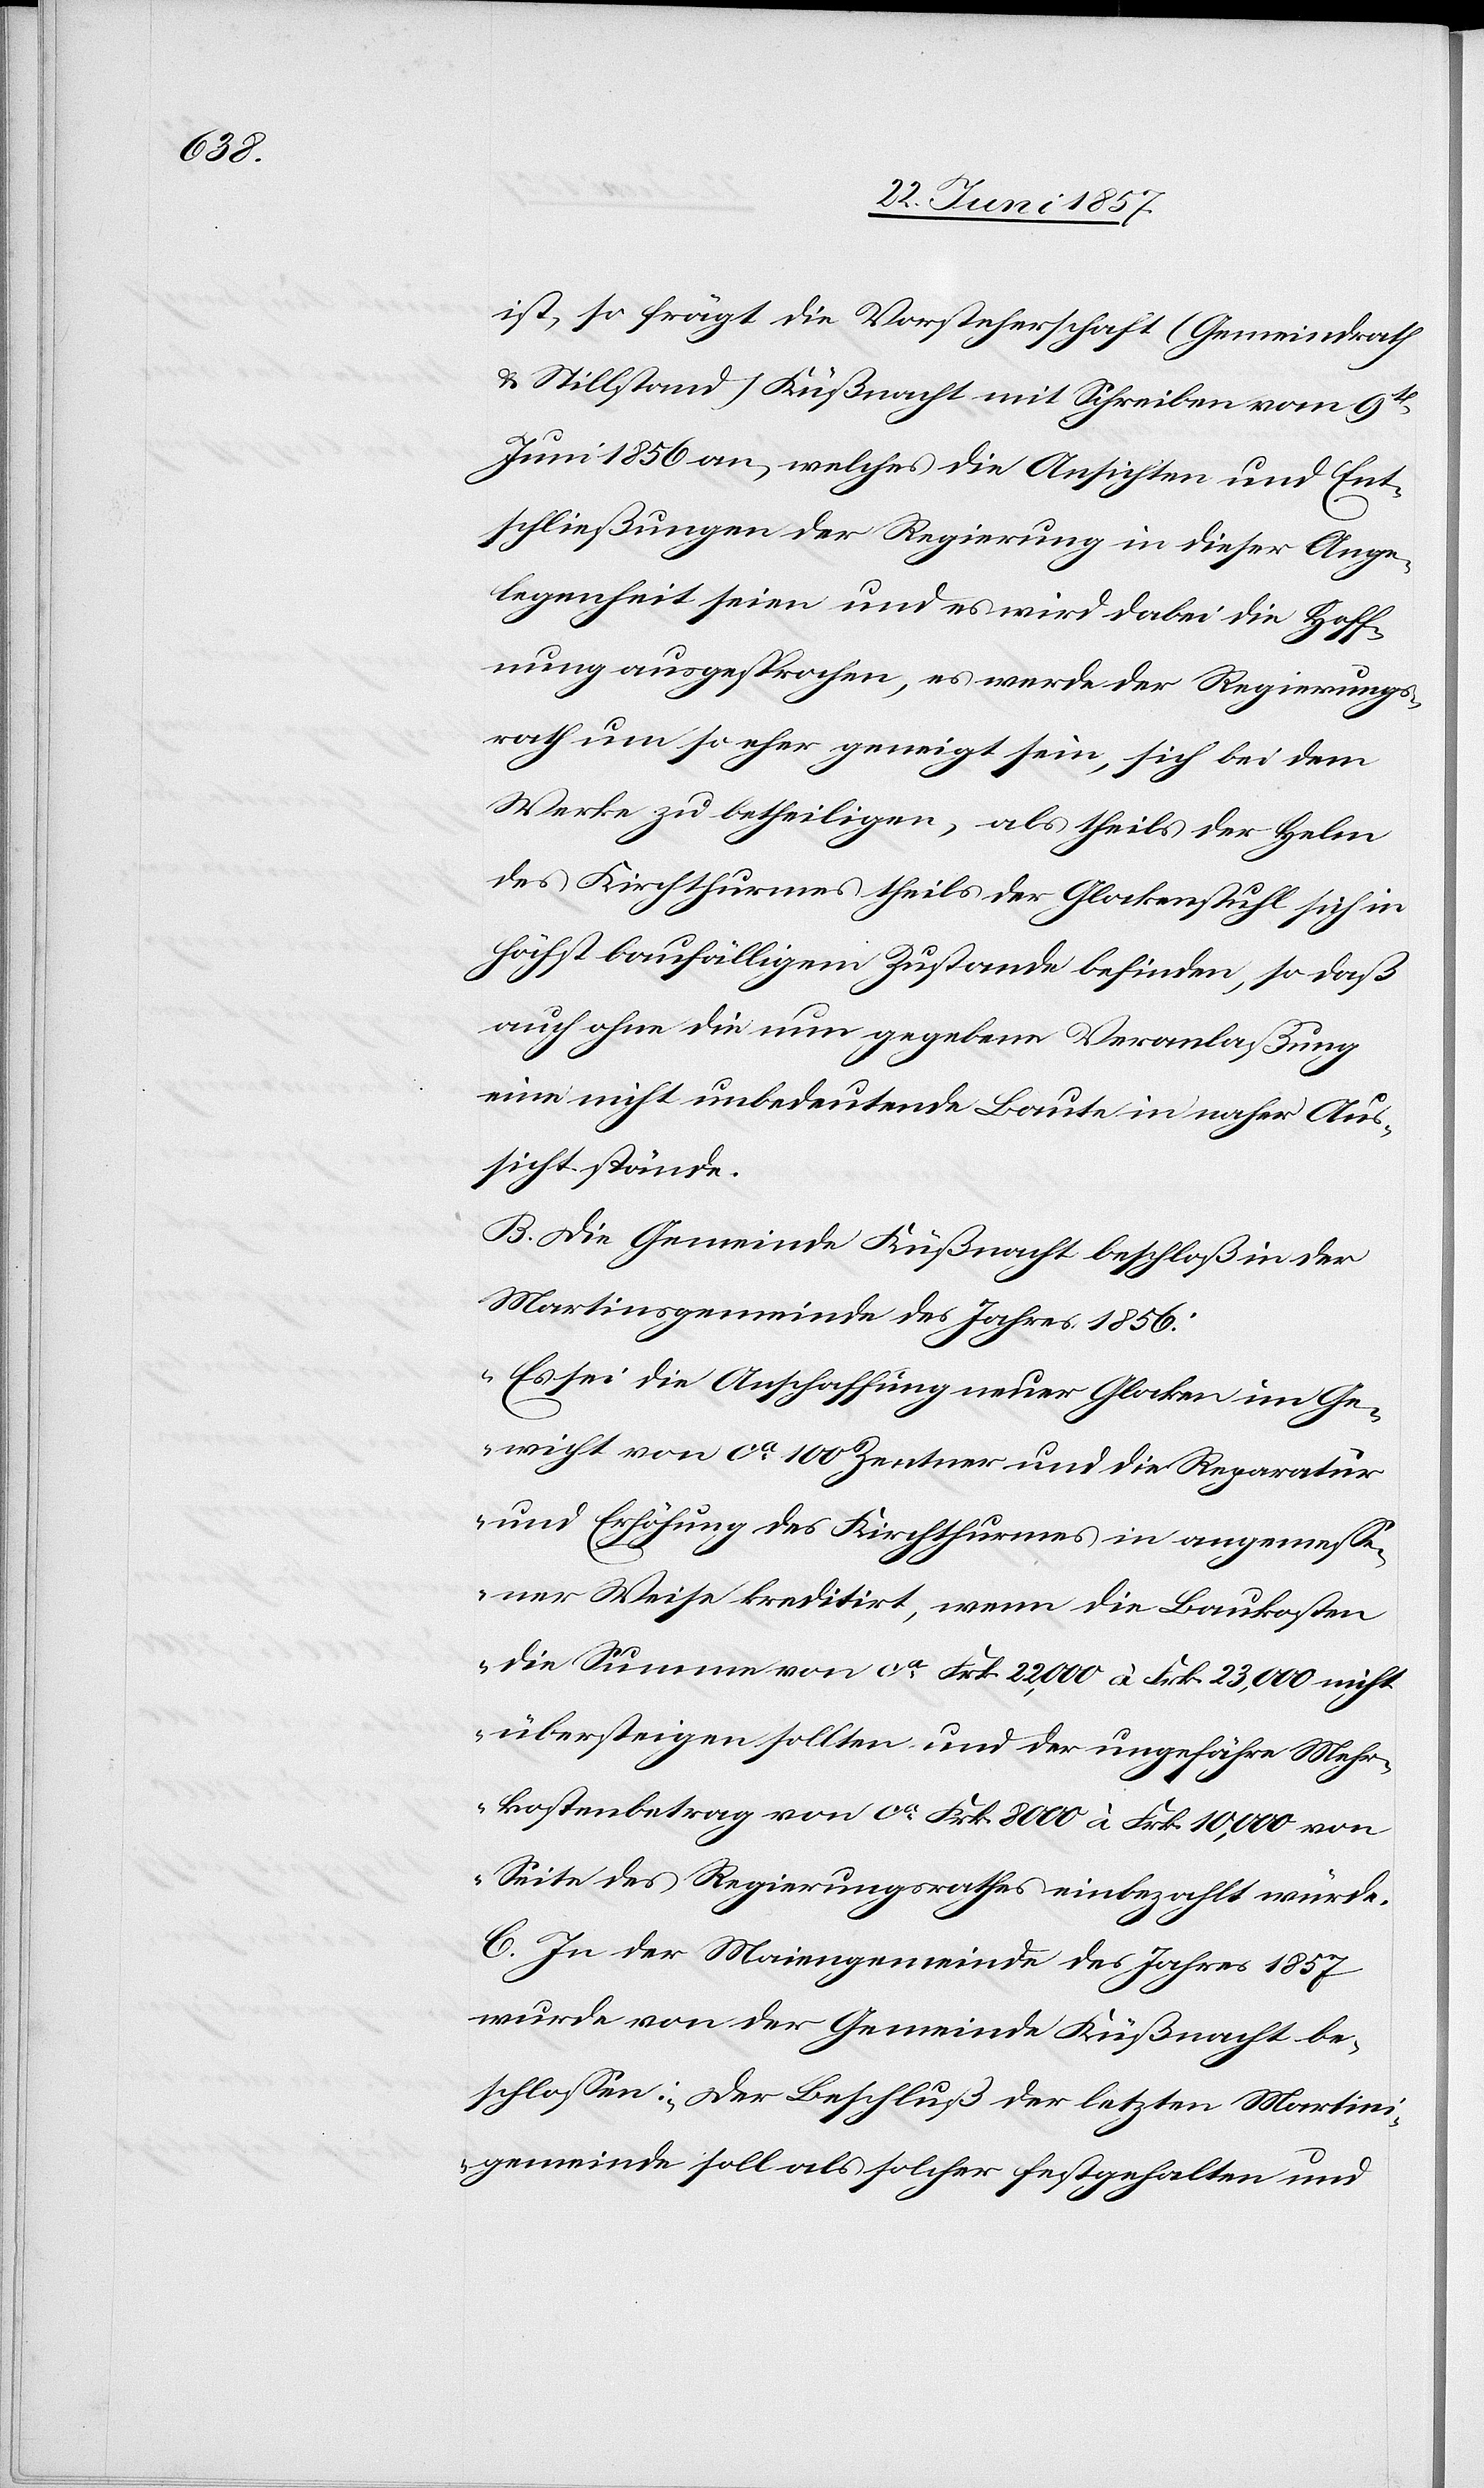
ist, so frägt die Vorsteherschaft (Gemeindrath
& Stillstand Küßnacht mit Schreiben vom 9ten
Juni 1856) an, welches die Ansichten und Ent¬
schließungen der Regierung in dieser Ange¬
legenheit seien und es wird dabei die Hoff¬
nung ausgesprochen, es werde der Regierungs¬
rath um so eher geneigt sein, sich bei dem
Werke zu betheiligen, als theils der Helm
des Kirchthurmes theils der Glockenstuhl sich in
höchst baufälligem Zustande befinden, so daß
auch ohne die nun gegebene Veranlaßung
eine nicht unbedeutende Baute in naher Aus¬
sicht stände.
B. Die Gemeinde Küßnacht beschloß in der
Martinsgemeinde des Jahres 1856:
„Es sei die Anschaffung neuer Glocken im Ge¬
wicht von ca 100 Zentner und die Reparatur
und Erhöhung des Kirchthurmes in angemesse¬
ner Weise kreditirt, wenn die Baukosten
die Summe von ca Frk. 22,000 à Frk. 23,000 nicht
übersteigen sollten und der ungefähre Mehr¬
kostenbetrag von ca Frk. 8 000 à Frk. 10,000 von
Seite des Regierungsrathes einbezahlt würde.
C. In der Maiengemeinde des Jahres 1857
wurde von der Gemeinde Küßnacht be¬
schlossen: „Der Beschluß der letzten Martini¬
gemeinde soll als solcher festgehalten und